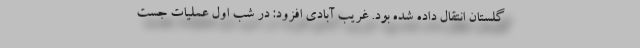
گلستان انتقال داده شده بود. غریب آبادی افزود: در شب اول عملیات جست